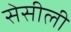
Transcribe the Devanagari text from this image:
सेसीली